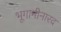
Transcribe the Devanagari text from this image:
भूगामीनारद